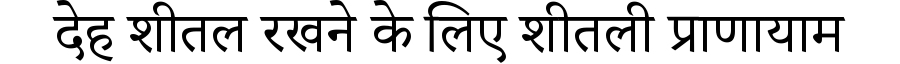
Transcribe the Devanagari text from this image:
देह शीतल रखने के लिए शीतली प्राणायाम